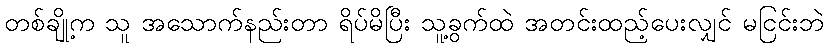
တစ်ချို့က သူ အသောက်နည်းတာ ရိပ်မိပြီး သူ့ခွက်ထဲ အတင်းထည့်ပေးလျှင် မငြင်းဘဲ